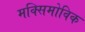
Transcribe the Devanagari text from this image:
मक्सिमोविक